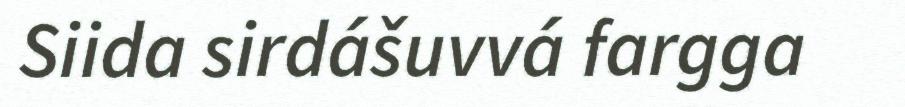
Siida sirdášuvvá fargga